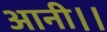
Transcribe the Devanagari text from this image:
आनी।।